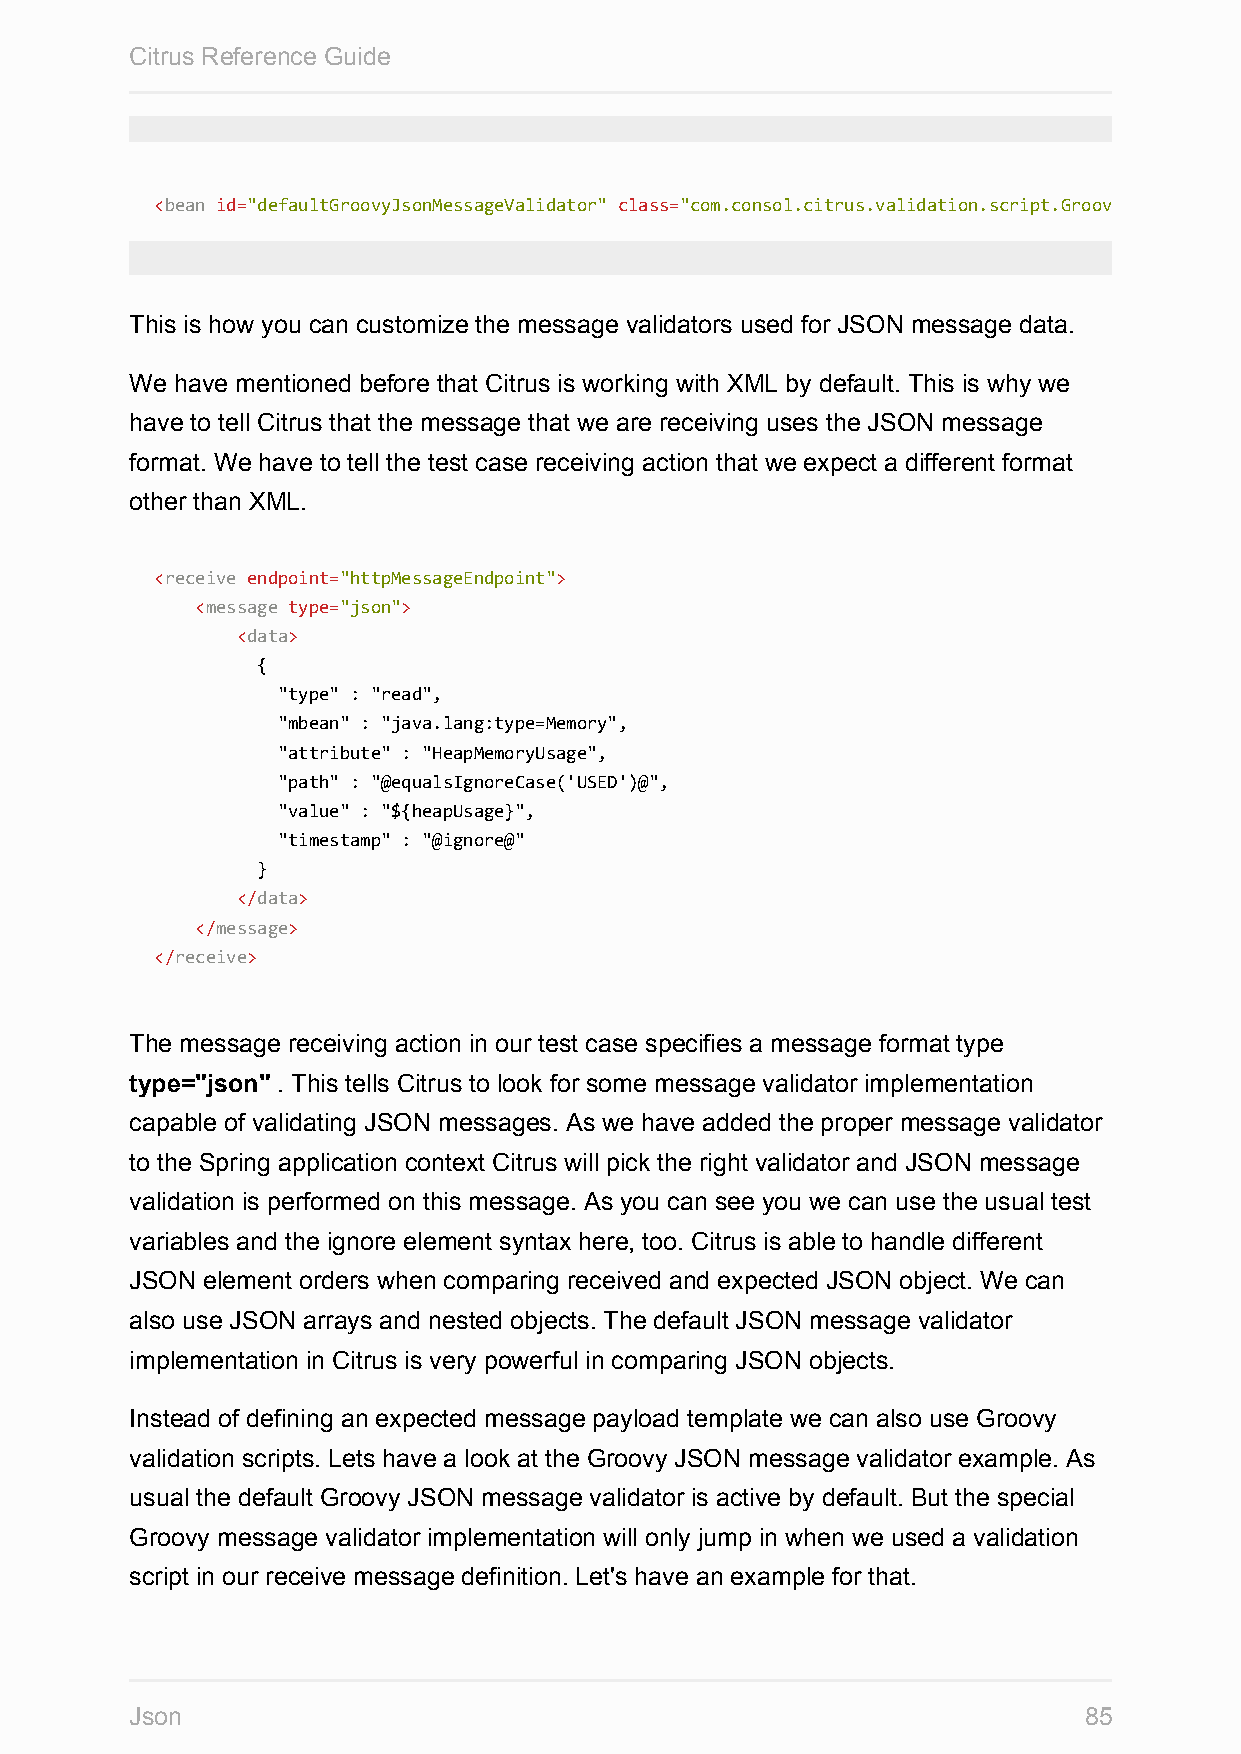
Citrus Reference Guide
 <bean id="defaultGroovyJsonMessageValidator" class="com.consol.citrus.validation.script.GroovyJsonMessageValidator"
 This is how you can customize the message validators used for JSON message data.
 We have mentioned before that Citrus is working with XML by default. This is why we
 have to tell Citrus that the message that we are receiving uses the JSON message
 format. We have to tell the test case receiving action that we expect a different format
 other than XML.
 <receive endpoint="httpMessageEndpoint">
 <message type="json">
 <data>
 {
 "type" : "read",
 "mbean" : "java.lang:type=Memory",
 "attribute" : "HeapMemoryUsage",
 "path" : "@equalsIgnoreCase('USED')@",
 "value" : "${heapUsage}",
 "timestamp" : "@ignore@"
 }
 </data>
 </message>
 </receive>
 The message receiving action in our test case specifies a message format type
 type="json" . This tells Citrus to look for some message validator implementation
 capable of validating JSON messages. As we have added the proper message validator
 to the Spring application context Citrus will pick the right validator and JSON message
 validation is performed on this message. As you can see you we can use the usual test
 variables and the ignore element syntax here, too. Citrus is able to handle different
 JSON element orders when comparing received and expected JSON object. We can
 also use JSON arrays and nested objects. The default JSON message validator
 implementation in Citrus is very powerful in comparing JSON objects.
 Instead of defining an expected message payload template we can also use Groovy
 validation scripts. Lets have a look at the Groovy JSON message validator example. As
 usual the default Groovy JSON message validator is active by default. But the special
 Groovy message validator implementation will only jump in when we used a validation
 script in our receive message definition. Let's have an example for that.
 Json                                                           85